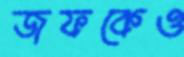
জফকেও